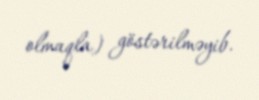
olmaqla) göstərilməyib.